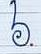
៦.